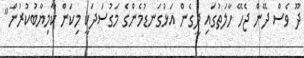
ދޫ ވެސް ދޭން ޖެހޭ ހާލަތުގައި ދީގެން އަޅުގަނޑުމެންގެ މަގުސަދަކީ މިކަން ކާމިޔާބުކުރުން"